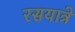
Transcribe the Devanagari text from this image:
रसयात्रे